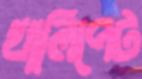
খালিপেট